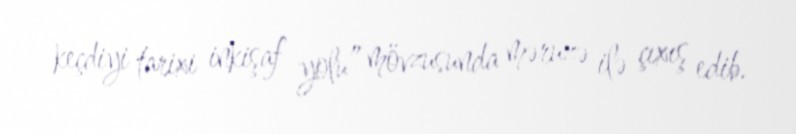
keçdiyi tarixi inkişaf yolu” mövzusunda məruzə ilə çıxış edib.